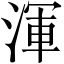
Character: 渾